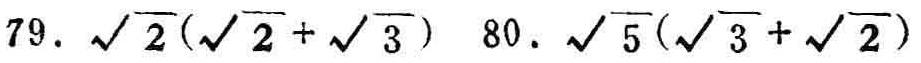
79. $\sqrt{2}(\sqrt{2}+\sqrt{3})$ 80. $\sqrt{5}(\sqrt{3}+\sqrt{2})$